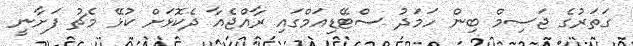
ގަތަރުގެ ޖަސިމް ބިން ހަމަދު ސްޓޭޑިއަމްގައި ރާއްޖެއާ ދެކޮޅަށް ކުޅޭ މެޗު ފަށާނީ